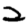
Digit: 2